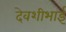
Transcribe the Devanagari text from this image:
देवशीभाई